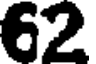
62